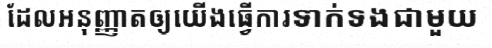
ដែលអនុញ្ញាតឲ្យយើងធ្វើការទាក់ទងជាមួយ